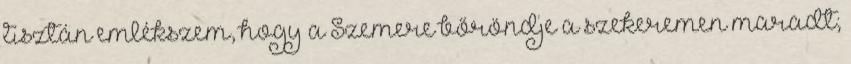
tisztán emlékszem, hogy a Szemere bőröndje a szekeremen maradt;